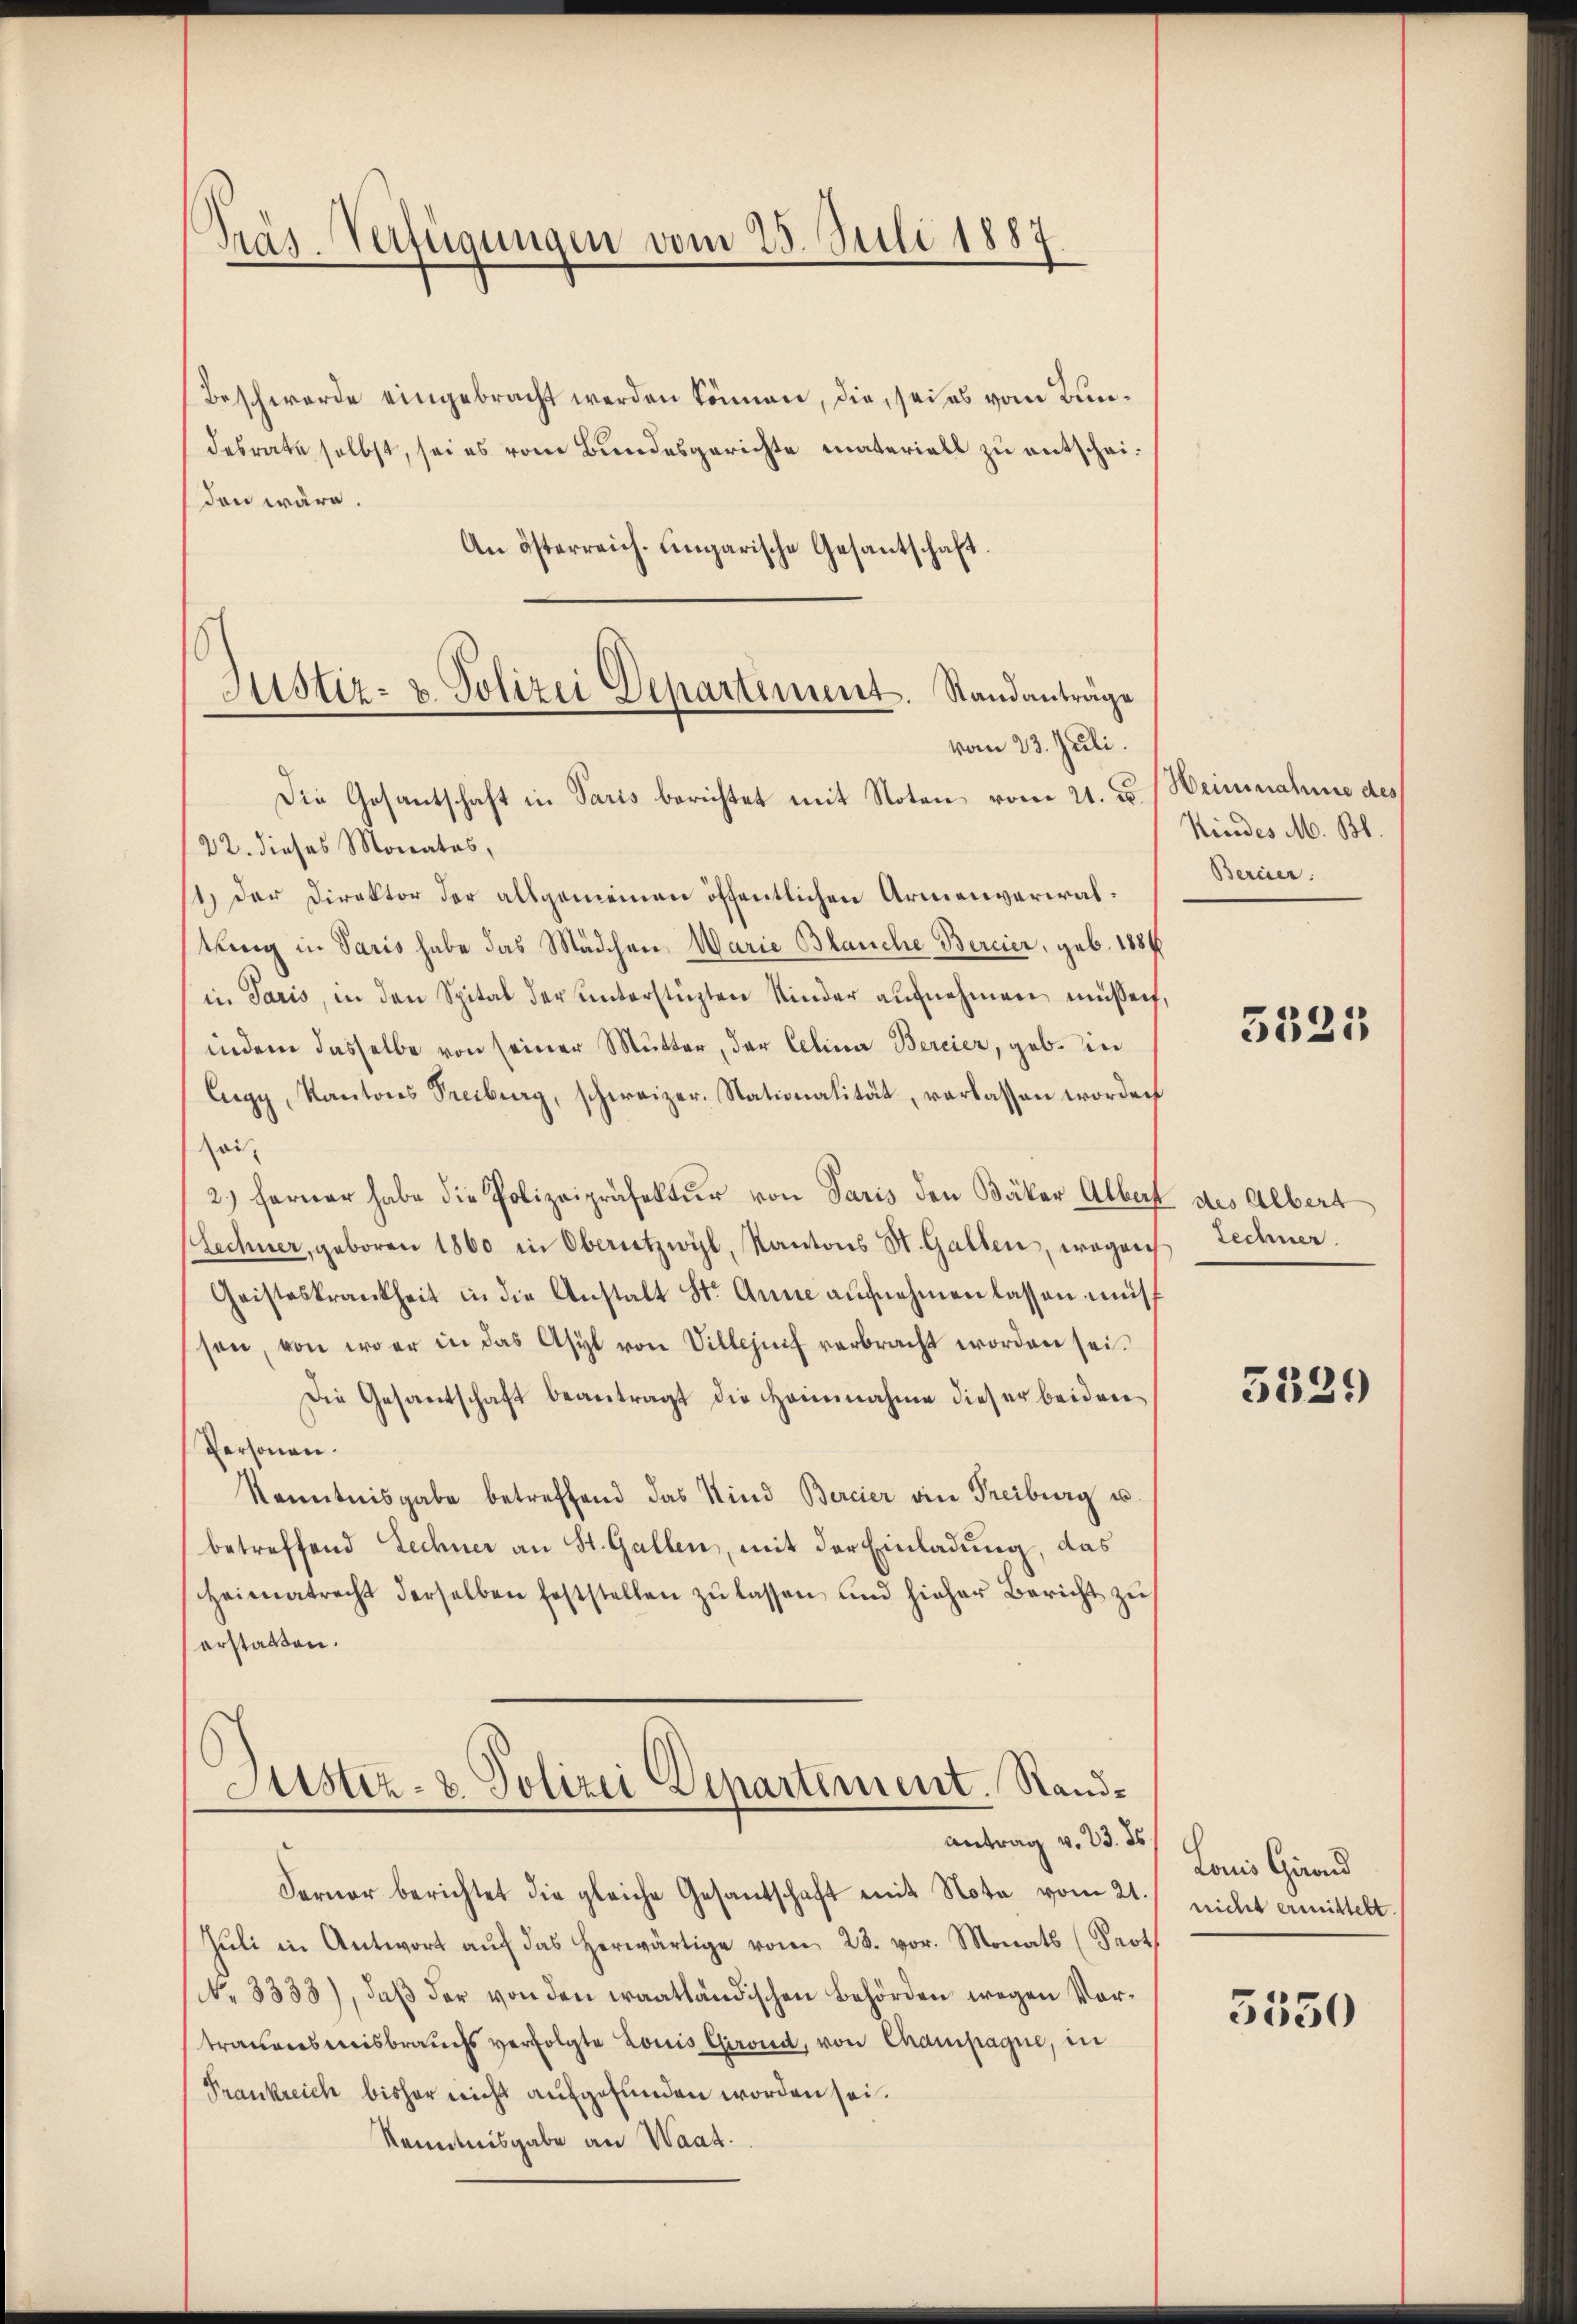
Präs. Verfügungen vom 25. Juli 1887.

Beschwerde eingebracht werden können, die, sei es vom Bundesrate selbst, sei es vom Bundesgerichte materiell zu entscheiden wäre.
An österreich. Eingarische Gesantschaft.
Justiz- & Polizei Departement. Standanträge

vom 23. Juli.

Die Gesantschaft in Paris berichtet mit Noten vom 21. d. Heinnahme des
22. dieses Monates,
1.) Der Direktor der allgemeinen öffentlichen Armenverwaltuung in Paris habe das Mädchen, Warie Blanche Bereier, geb. 1884
in Paris, in den Spital der unterstüzten Kinder aufnehmen müssen,
indem dasselbe von seiner Mutter, der Celina Bereier, geb. in
Eugy, Kantons Treiburg, schweizer. Stationalität, verlassen worden
sai
2) ferner habe die Polizeipräfektŭr von Paris den Bäker Albert des Albert
Lechner, geboren 1860 in Oberutzwyl, Kantons St. Gallen, wegen
Geisteskrankheit in die Anstalt St. Anne aufnehmen lassen müs
sen, von wer in das Asyl von Villezŭf verbracht worden sei.
Die Gesantschaft beantragt die Heinnahme dieser beiden
Personen.
Kenntnisgabe betreffend das Kind Bercier ain Freiburg u.
betreffend Lechner an St. Gallen, mit der Einladung, das
Heimatrecht derselben feststellen zŭ lassen und hieher Bericht zŭ
erstatten.

Justiz- & Polizei Departement. Sand¬
Antrag v. 23. ds.

Ferner berichtet die gleiche Gesantschaft mit Note vom 21./ nicht ermittelt
Jŭli in Antwort aŭf das herwärtige vom 28. vor. Monats (Prot
(No. 3333), daβ der von den eraatländischen Behörden wegen Vortrauensmisbrauchs verfolgte Louis Grond, von Champagne, in
Frankreich bisher nicht aufgefunden worden sei.
Kenntnisgabe an Waat.

Kindes M. Bl.
Bereier.

5325

Techner.

3529

Lois Grand

5550